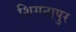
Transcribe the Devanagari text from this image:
शिगनापुर